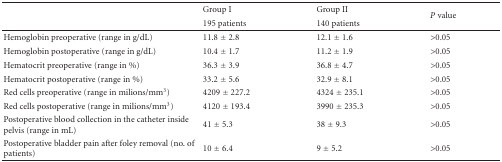
|  | Group I | Group II | <ROWSPAN=2> P value |
 |  | 195 patients | 140 patients |
 | --- | --- | --- | --- |
 | Hemoglobin preoperative (range in g/dL) | 11.8 ± 2.8 | 12.1 ± 1.6 | >0.05 |
 | Hemoglobin postoperative (range in g/dL) | 10.4 ± 1.7 | 11.2 ± 1.9 | >0.05 |
 | Hematocrit preoperative (range in %) | 36.3 ± 3.9 | 36.8 ± 4.7 | >0.05 |
 | Hematocrit postoperative (range in %) | 33.2 ± 5.6 | 32.9 ± 8.1 | >0.05 |
 | Red cells preoperative (range in milions/mm3) | 4209 ± 227.2 | 4324 ± 235.1 | >0.05 |
 | Red cells postoperative (range in milions/mm3) | 4120 ± 193.4 | 3990 ± 235.3 | >0.05 |
 | Postoperative blood collection in the catheter inside pelvis (range in mL) | 41 ± 5.3 | 38 ± 9.3 | >0.05 |
 | Postoperative bladder pain after foley removal (no. of patients) | 10 ± 6.4 | 9 ± 5.2 | >0.05 |